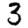
Digit: 3